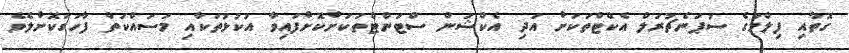
ގޮތާއި ފިލްމުގެ ސުޕަނެޗުރަލް އެކްޓްތަކަށް އަދި އެކްޝަން ސްޓަންޓްތަކަށްކޮށްފައިވާ އުކުޅުތަކާއި މަސައްކަތް ފާހަގަކޮށްލެވެ